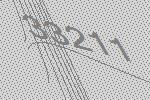
33211